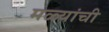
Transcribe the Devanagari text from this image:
मळ्यांची